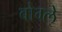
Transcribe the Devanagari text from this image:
बोग्ले